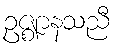
ဥဇ္ဈာနသညီ